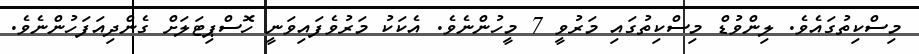
މިސްކިތުގައެވެ. ލިންވުޑް މިސްކިތުގައި މަރުވީ 7 މީހުންނެވެ. އެކަކު މަރުވެފައިވަނީ ހޮސްޕިޓަލަށް ގެންދިއަފަހުންނެވެ.